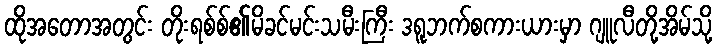
ထိုအတောအတွင်း တိုးရစ်စ်၏မိခင်မင်းသမီးကြီး ဒရူဘက်စကားယားမှာ ဂျူလီတို့အိမ်သို့